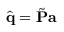
\hat { \mathbf { q } } = \Tilde { \mathbf { P } } \mathbf { a }